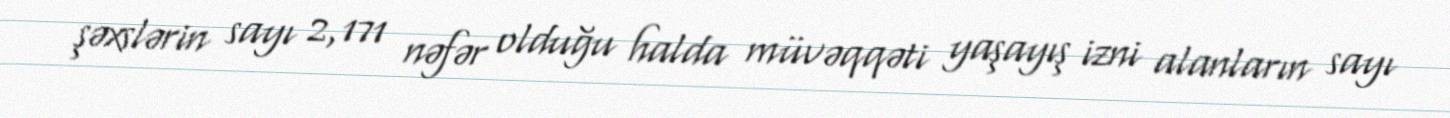
şəxslərin sayı 2,171 nəfər olduğu halda müvəqqəti yaşayış izni alanların sayı